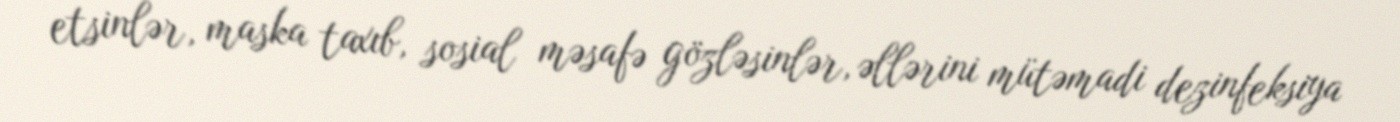
etsinlər, maska taxıb, sosial məsafə gözləsinlər, əllərini mütəmadi dezinfeksiya